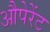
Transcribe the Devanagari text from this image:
औपेरेंट